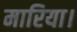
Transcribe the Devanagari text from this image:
मारिया।